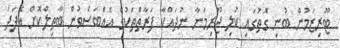
ޓޫރިޒަމުން ބުނި ގޮތުގައި ކުލި ޖޫރިމަނާ ނުދައްކާ ފަރާތްތަކުގެ އެއްބަސްވުން ބާތިލްކޮށް އެފަދަ